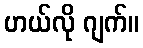
ဟယ်လို ဂျက်။